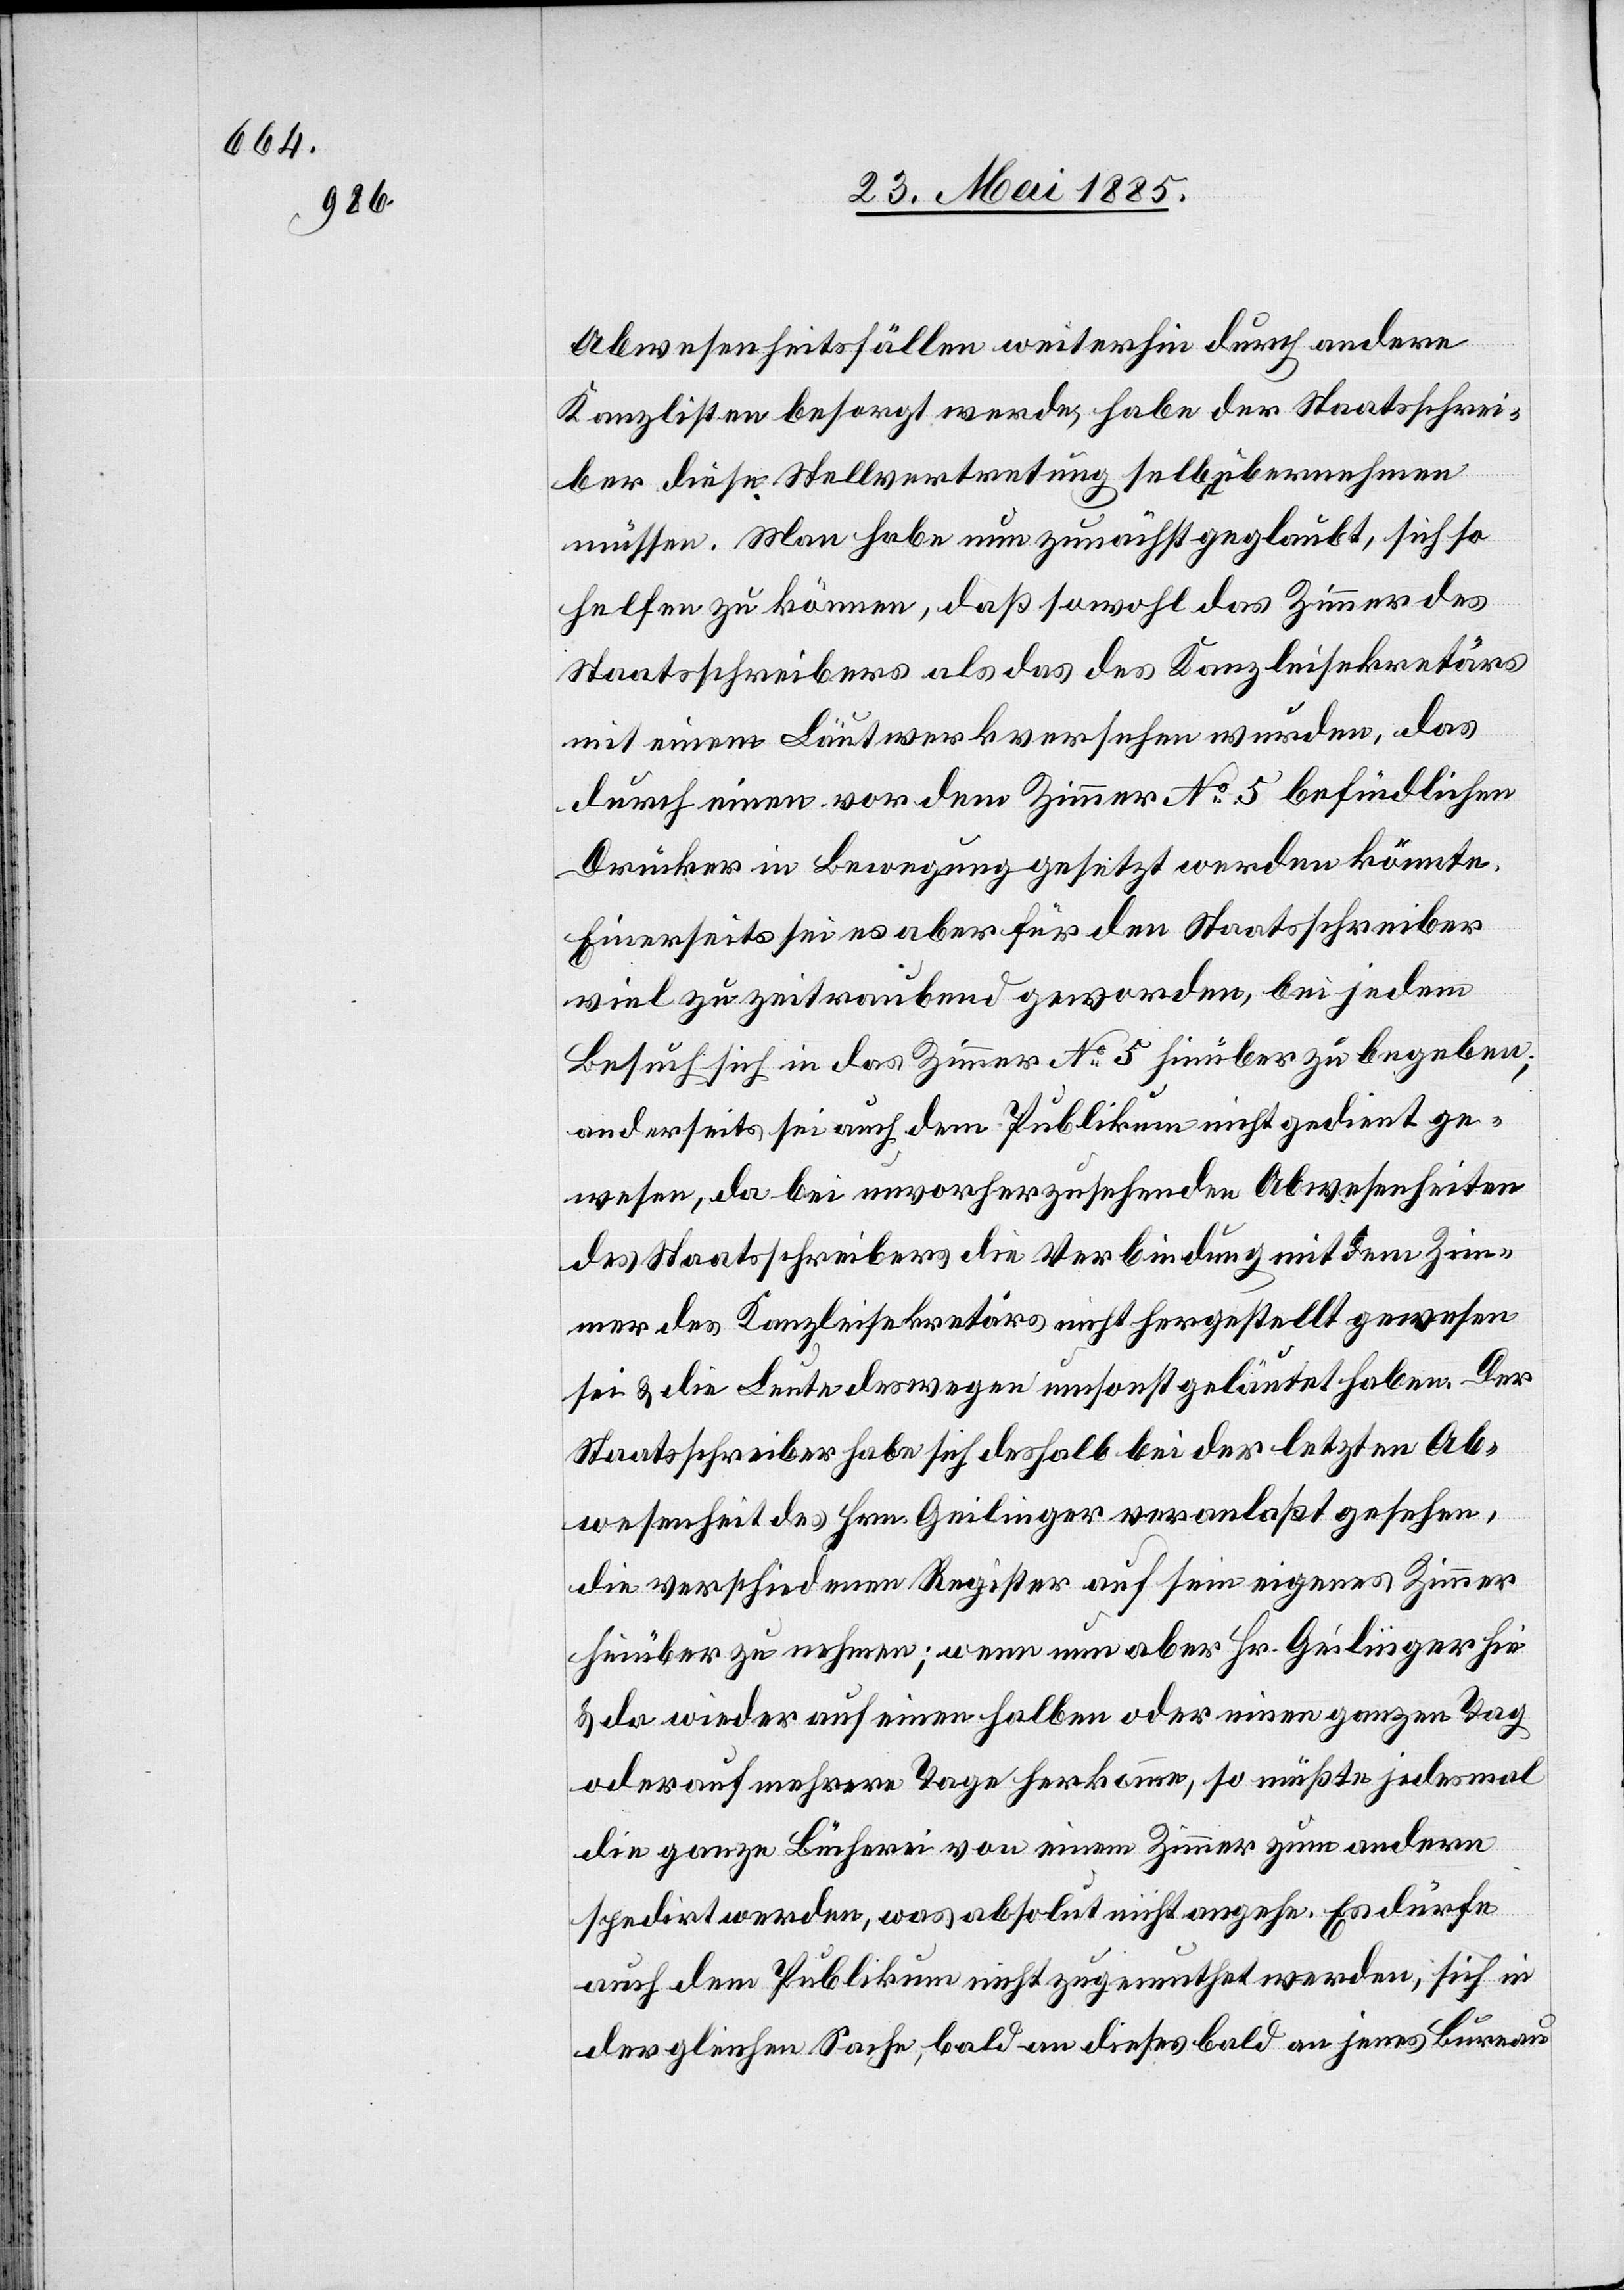
Abwesenheitsfällen weiterhin durch andere
Kanzlisten besorgt werde, habe der Staatsschrei¬
ber diese Stellvertretung selbst übernehmen
müssen. Man habe nun zunächst geglaubt, sich so
helfen zu können, daß sowohl das Zimmer des
Staatsschreibers als das des Kanzleisekretärs
mit einem Läutwerk versehen wurden, das
durch einen vor dem Zimmer No 5 befindlichen
Drücker in Bewegung gesetzt werden könnte.
Einerseits sei es aber für den Staatsschreiber
viel zu zeitraubend geworden, bei jedem
Besuch sich in das Zimmer No 5 hinüber zu begeben,
anderseits sei auch dem Publikum nicht gedient ge¬
wesen, da bei unvorherzusehenden Abwesenheiten
des Staatsschreibers die Verbindung mit dem Zim¬
mer des Kanzleisekretärs nicht hergestellt gewesen
sei & die Leute deswegen umsonst geläutet haben. Der
Staatsschreiber habe sich deshalb bei der letzten Ab¬
wesenheit des Hrn. Geilinger veranlaßt gesehen,
die verschiedenen Register auf sein eigenes Zimmer
hinüber zu nehmen; wenn nun aber Hr. Geilinger hie
& da wieder auf einen halben oder einen ganzen Tag
oder auf mehrere Tage herkomme, so müßte jedesmal
die ganze Bücherei von einem Zimmer zum andern
spedirt werden, was absolut nicht angehe. Es dürfe
auch dem Publikum nicht zugemuthet werden, sich in
der gleichen Sache, bald an dieses bald an jenes Bureau